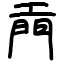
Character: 𫔙